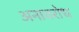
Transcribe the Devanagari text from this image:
अनावरोध